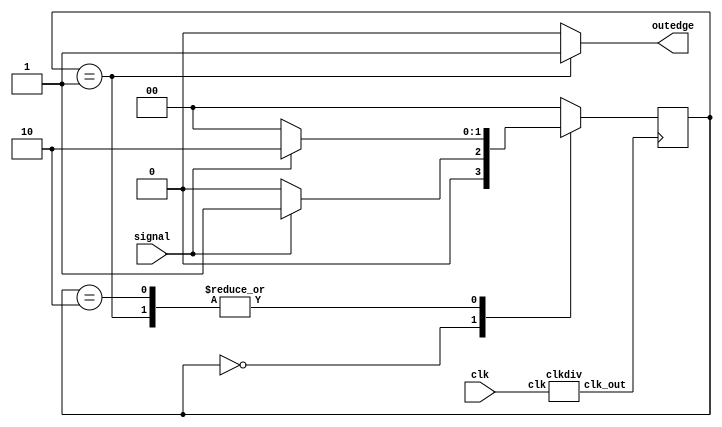
`timescale 1ns / 1ps
module EdgeDetector(
input wire clk,
input wire signal,
output reg outedge
);

wire slow_clk;
reg [1:0] c_state;
reg [1:0] r_state;

localparam ZERO = 'd0;
localparam CHANGE = 'd1;
localparam ONE = 'd2;

clkdiv c1(clk, slow_clk);

// Comb. Logic
always @(*) begin
	case (r_state)
		ZERO : begin
			outedge = 1'd0;
			if (signal) c_state = CHANGE;
			else c_state = ZERO;
			end
		
		CHANGE : begin
			outedge = 1'd1;
			if (signal) c_state = ONE;
			else c_state = ZERO;
			end
			
		ONE : begin
			outedge = 1'd0;
			if (signal) c_state = ONE;
			else c_state = ZERO;
			end
			
	default : begin
			c_state = ZERO;
			outedge = 'd0;
			end
	endcase
end

// Seq. Logic
always @(posedge slow_clk) begin
	r_state <= c_state;
end
endmodule

//--

module clkdiv(clk, clk_out);
input clk;
output clk_out;

reg [15:0] COUNT;
assign clk_out = COUNT[15];

always @(posedge clk)
begin
	COUNT = COUNT + 1;
end
endmodule